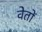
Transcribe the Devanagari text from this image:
वेतों